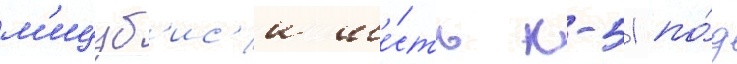
м'ицуб'ис'и ше́сть к-51 по́д